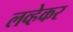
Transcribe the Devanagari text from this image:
लव्हेकर